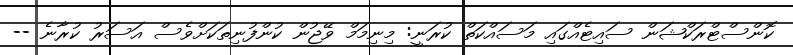
ކޮންސްޓްރަކްޝަން ސައިޓެއްގައި މަސައްކަތް ކުރަނީ: މިނިމަމް ވޭޖުން ކުންފުނިތަކަށްވެސް އަސަރު ކުރާނެ --